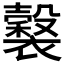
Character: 𧞒